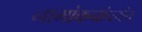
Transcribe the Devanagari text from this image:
नामांकनांपर्यंत